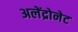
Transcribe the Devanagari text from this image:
अलेंद्रोनेट